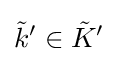
{\tilde {k}}^{\prime }\in {\tilde {K}}^{\prime }